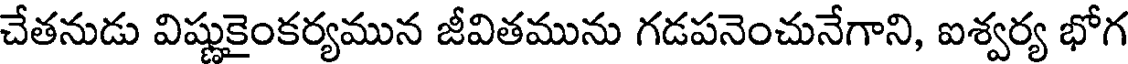
చేతనుడు విష్ణుకైంకర్యమున జీవితమును గడపనెంచునేగాని, ఐశ్వర్య భోగ